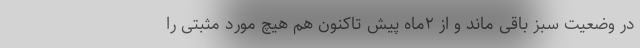
در وضعیت سبز باقی ماند و از ۲‌ماه پیش تاکنون هم هیچ مورد مثبتی را